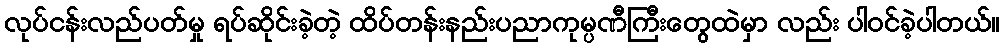
လုပ်ငန်းလည်ပတ်မှု ရပ်ဆိုင်းခဲ့တဲ့ ထိပ်တန်းနည်းပညာကုမ္ပဏီကြီးတွေထဲမှာ လည်း ပါဝင်ခဲ့ပါတယ်။